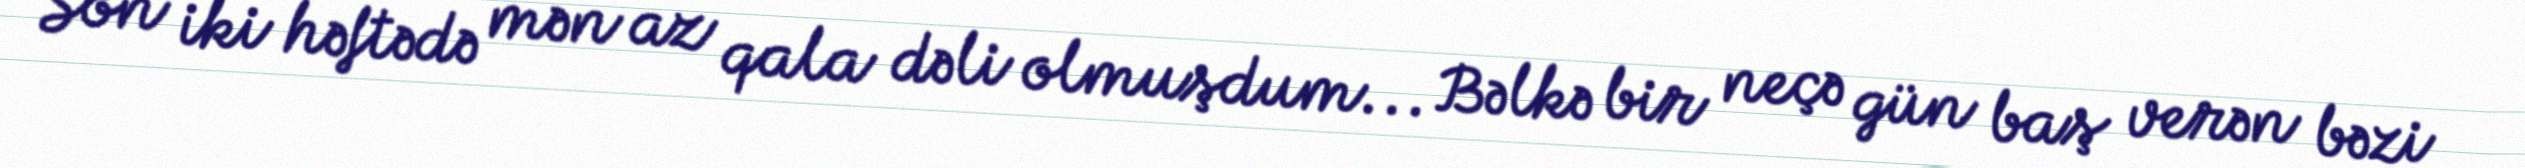
Son iki həftədə mən az qala dəli olmuşdum... Bəlkə bir neçə gün baş verən bəzi